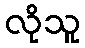
လိုသူ